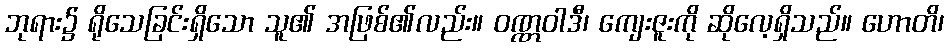
ဘုရား၌ ရိုသေခြင်းရှိသော သူ၏ အဖြစ်၏လည်း။ ဝဏ္ဏဝါဒီ၊ ကျေးဇူးကို ဆိုလေ့ရှိသည်။ ဟောတိ၊